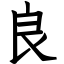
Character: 良